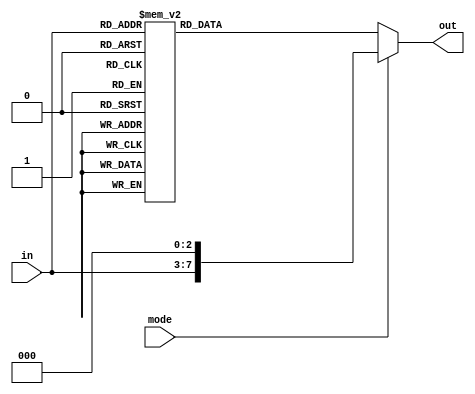
module lut (
    input wire mode,
    input wire [4:0] in,
    output wire [7:0] out
);

    wire [7:0] sig;
    assign out = mode ? {in, 3'b0} : sig;

    always @*
	begin
        case (in)
            5'd0:    sig = 8'd0;
            5'd1:    sig = 8'd10;
            5'd2:    sig = 8'd21;
            5'd3:    sig = 8'd31;
            5'd4:    sig = 8'd42;
            5'd5:    sig = 8'd53;
            5'd6:    sig = 8'd63;
            5'd7:    sig = 8'd74;
            5'd8:    sig = 8'd85;
            5'd9:    sig = 8'd95;
            5'd10:   sig = 8'd106;
            5'd11:   sig = 8'd117;
            5'd12:   sig = 8'd127;
            5'd13:   sig = 8'd138;
            5'd14:   sig = 8'd149;
            5'd15:   sig = 8'd159;
            5'd16:   sig = 8'd170;
            5'd17:   sig = 8'd181;
            5'd18:   sig = 8'd191;
            5'd19:   sig = 8'd202;
            5'd20:   sig = 8'd213;
            5'd21:   sig = 8'd223;
            5'd22:   sig = 8'd234;
            5'd23:   sig = 8'd245;
            5'd24:   sig = 8'd255;
            default: sig = 8'd255;
        endcase
	end
endmodule